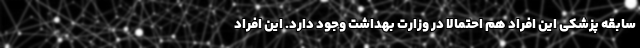
سابقه پزشکی این افراد هم احتمالا در وزارت بهداشت وجود دارد. این افراد